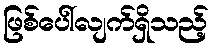
ဖြစ်ပေါ်လျက်ရှိသည့်